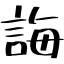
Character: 誨